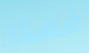
فهذا